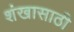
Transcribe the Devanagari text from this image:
शंखासाठी